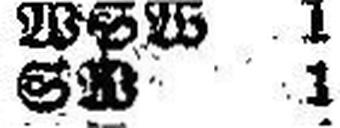
SW 1